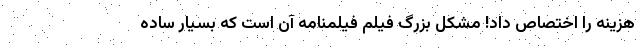
هزینه را اختصاص داد! مشکل بزرگ فیلم فیلمنامه آن است که بسیار ساده